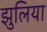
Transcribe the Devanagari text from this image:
झुलिया